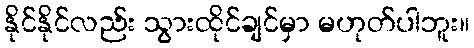
နိုင်နိုင်လည်း သွားထိုင်ချင်မှာ မဟုတ်ပါဘူး။